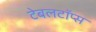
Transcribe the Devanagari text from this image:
टेबलटॉप्स